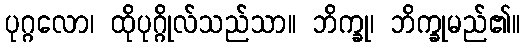
ပုဂ္ဂလော၊ ထိုပုဂ္ဂိုလ်သည်သာ။ ဘိက္ခု၊ ဘိက္ခုမည်၏။